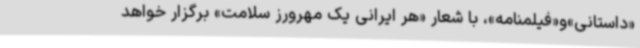
«داستانی»و«فیلمنامه»، با شعار «هر ایرانی یک مهرورز سلامت» برگزار خواهد